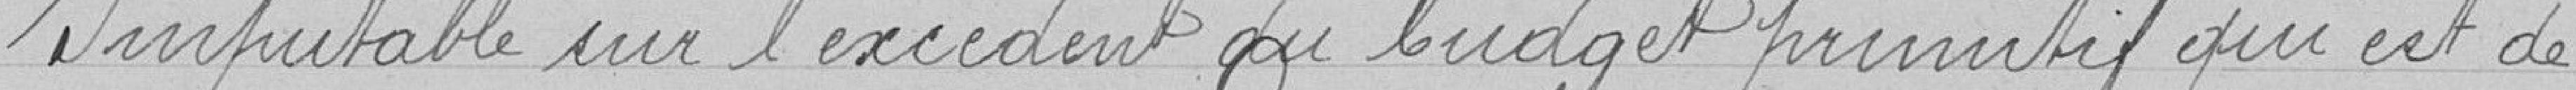
Imputable sur l'excédent du budget primitif qui est de